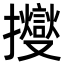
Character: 𢹒